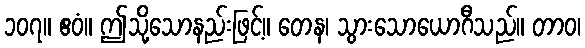
၁၀၇။ ဧဝံ။ ဤသို့သောနည်းဖြင့်။ တေန၊ သွားသောယောဂီသည်။ တာဝ၊